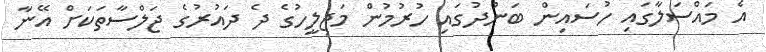
އެ މައްސަލާގައި ހުސައިން ބަންދުގައި ހުރުމުން މަޖިލީހުގެ ދެ ދައުރުގެ ޖަލްސާތަކަށް އޭނާ